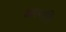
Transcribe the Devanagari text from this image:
अस्यति